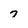
Character: 7